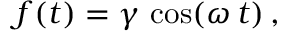
\begin{array} { r } { f ( t ) = \gamma \, \cos ( \omega \, t ) \, , } \end{array}